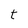
Character: t